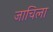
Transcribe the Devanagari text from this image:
जाचिला